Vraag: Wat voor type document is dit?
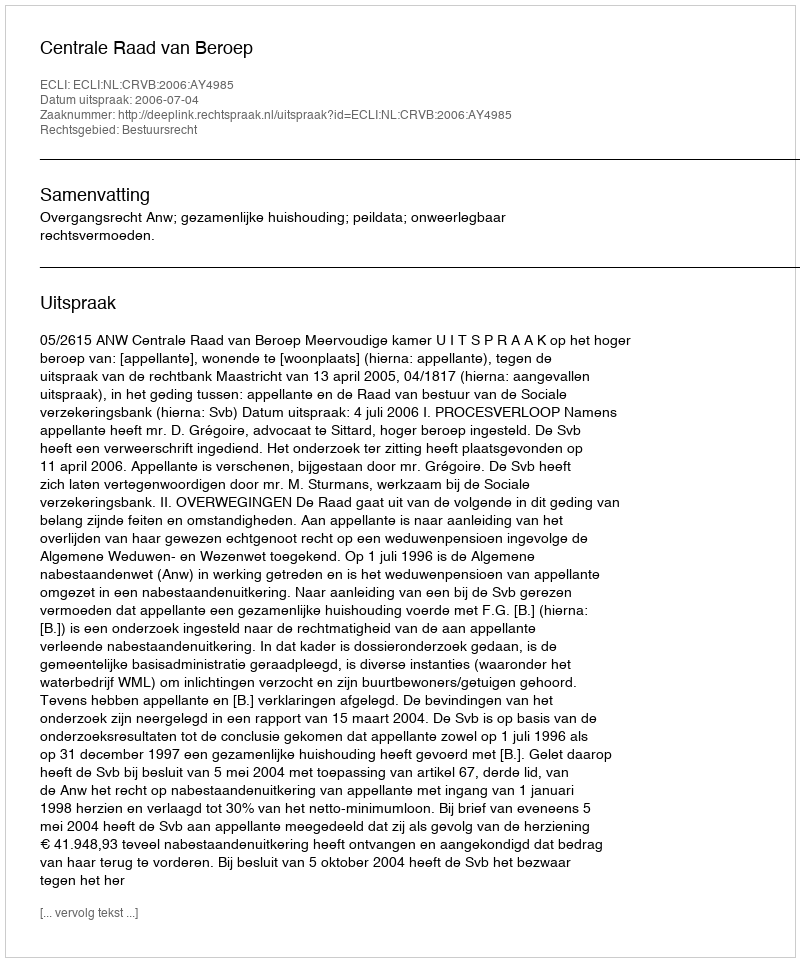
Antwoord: Uitspraak